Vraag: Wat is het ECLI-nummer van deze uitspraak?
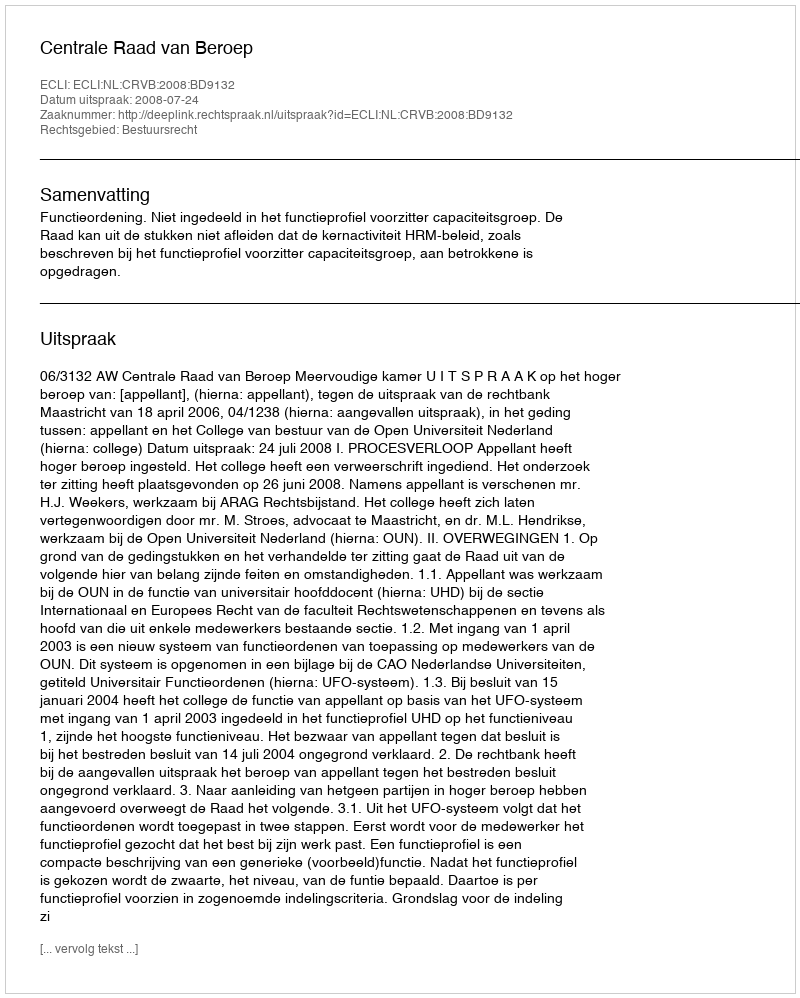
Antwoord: ECLI:NL:CRVB:2008:BD9132